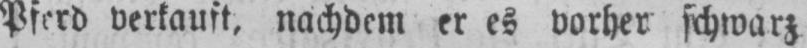
Pferd verkauft, nachdem er es vorher schwarz